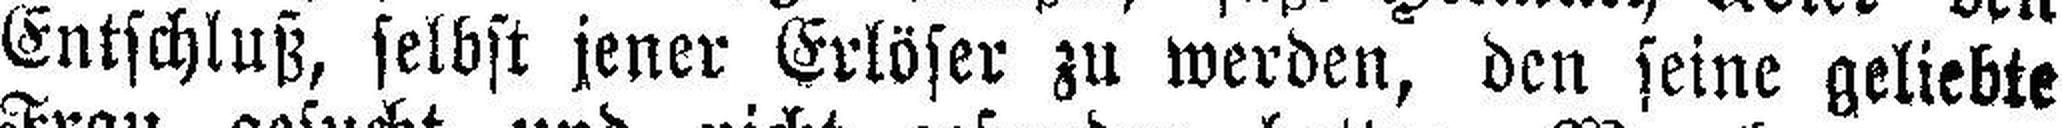
Entschluß, selbst jener Erlöser zu werden, den seine geliebte